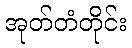
အုတ်တံတိုင်း